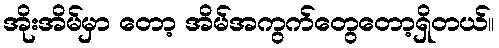
အိုးအိမ်မှာ တော့ အိမ်အကွက်တွေတော့ရှိတယ်။